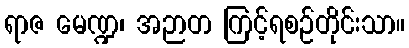
ရာဇ မေဏ္ဍ၊ အဉာတ ကြင့်ရစဉ်တိုင်းသာ။